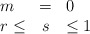
\begin{align*}\begin{array}{lcl}m&=&0\\ r \leq& s& \leq 1\end{array}\end{align*}